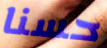
حسنا